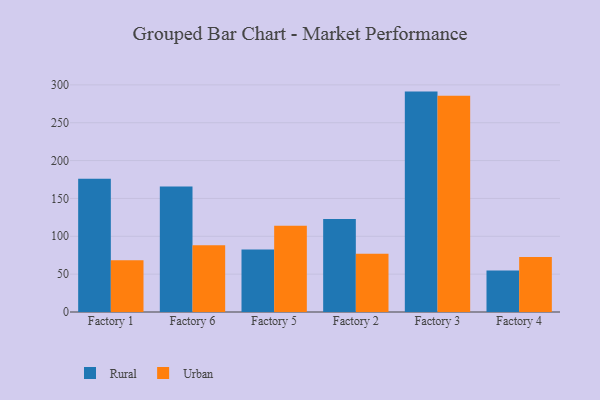
{"axis": {"x": "Factory", "y": "Page Views"}, "legend": ["Rural", "Urban"], "data": [{"x": "Factory 1", "y": 176.0, "type": "Rural"}, {"x": "Factory 1", "y": 68.4, "type": "Urban"}, {"x": "Factory 6", "y": 165.8, "type": "Rural"}, {"x": "Factory 6", "y": 88.2, "type": "Urban"}, {"x": "Factory 5", "y": 82.6, "type": "Rural"}, {"x": "Factory 5", "y": 114.0, "type": "Urban"}, {"x": "Factory 2", "y": 122.8, "type": "Rural"}, {"x": "Factory 2", "y": 77.0, "type": "Urban"}, {"x": "Factory 3", "y": 291.1, "type": "Rural"}, {"x": "Factory 3", "y": 285.5, "type": "Urban"}, {"x": "Factory 4", "y": 54.9, "type": "Rural"}, {"x": "Factory 4", "y": 72.6, "type": "Urban"}]}